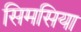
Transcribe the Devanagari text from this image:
सिमसिया